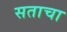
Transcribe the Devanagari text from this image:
सताचा